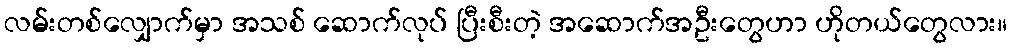
လမ်းတစ်လျှောက်မှာ အသစ် ဆောက်လုပ် ပြီးစီးတဲ့ အဆောက်အဦးတွေဟာ ဟိုတယ်တွေလား။